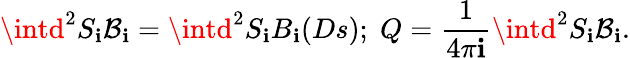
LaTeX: \intd^{2}S_{\mathbf{i}}{\mathcal{{B}}}_{\mathbf{i}}=\intd^{2}S_{\mathbf{i}}B_{\mathbf{i}}(Ds);\; Q=\frac{{1}}{{4\pi\mathbf{i}}}\intd^{2}S_{\mathbf{i}}{\mathcal{{B}}}_{\mathbf{i}}.